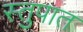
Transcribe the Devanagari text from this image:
स्तुपात